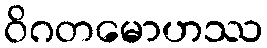
ဝိဂတမောဟဿ